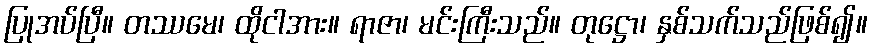
ပြုအပ်ပြီ။ တဿမေ၊ ထိုငါအား။ ရာဇာ၊ မင်းကြီးသည်။ တုဋ္ဌော၊ နှစ်သက်သည်ဖြစ်၍။